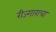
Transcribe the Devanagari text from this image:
रीज्गाराचा